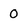
Character: 0